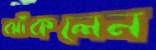
ঝাঁকলেন